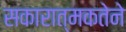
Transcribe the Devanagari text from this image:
सकारात्मकतेने